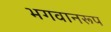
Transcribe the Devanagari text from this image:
भगवानरूप